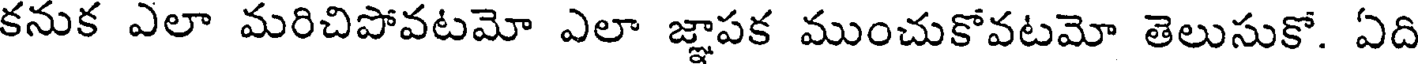
కనుక ఎలా మరిచిపోవటమో ఎలా జ్ఞాపక ముంచుకోవటమో తెలుసుకో. ఏది